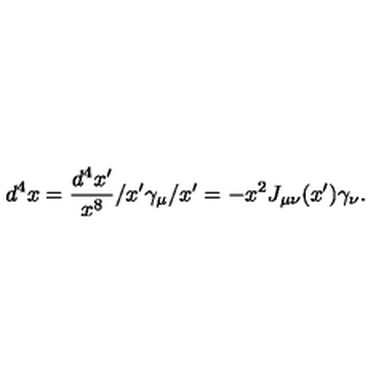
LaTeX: d ^ { 4 } x = \frac { d ^ { 4 } x ^ { \prime } } { x ^ { 8 } } / x ^ { \prime } \gamma _ { \mu } / x ^ { \prime } = - x ^ { 2 } J _ { \mu \nu } ( x ^ { \prime } ) \gamma _ { \nu } .